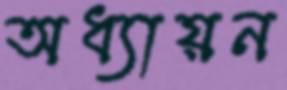
অধ্যায়ন